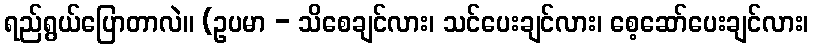
ရည်ရွယ်ပြောတာလဲ။ (ဥပမာ - သိစေချင်လား၊ သင်ပေးချင်လား၊ စေ့ဆော်ပေးချင်လား၊